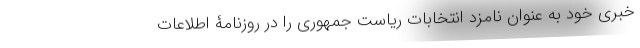
خبری خود به عنوان نامزد انتخابات ریاست جمهوری را در روزنامۀ اطلاعات